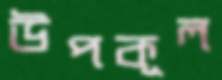
উপকূল